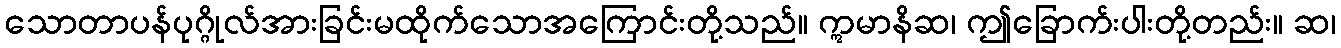
သောတာပန်ပုဂ္ဂိုလ်အားခြင်းမထိုက်သောအကြောင်းတို့သည်။ ဣမာနိဆ၊ ဤခြောက်းပါးတို့တည်း။ ဆ၊